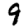
Digit: 9